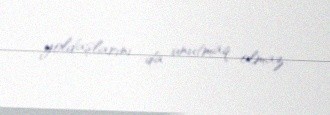
yoldaşlarını da unutmaq olmaz.